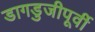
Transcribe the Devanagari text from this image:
डागडुजीपूर्वी